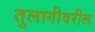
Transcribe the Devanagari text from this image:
तुलागीवरील